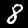
Label: 8